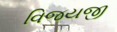
વિજયજી